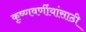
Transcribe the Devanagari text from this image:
कृष्णवर्णीयांसाठी